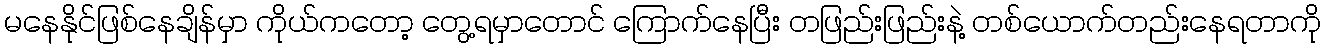
မနေနိုင်ဖြစ်နေချိန်မှာ ကိုယ်ကတော့ တွေ့ရမှာတောင် ကြောက်နေပြီး တဖြည်းဖြည်းနဲ့ တစ်ယောက်တည်းနေရတာကို